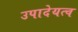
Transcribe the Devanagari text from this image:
उपादेयत्व